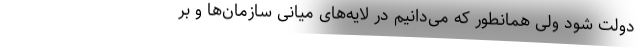
دولت شود ولی همانطور که می‌دانیم در لایه‌های میانی سازمان‌ها و بر